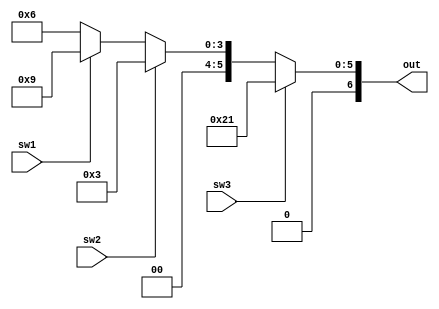
module type (sw1, sw2, sw3, out);
	input sw1, sw2, sw3;
	output reg[6:0] out;
	
	always @(*)begin
		if(sw3 == 1) begin
			out = {1'b0,1'b1,1'b0,1'b0,1'b0,1'b0,1'b1}; //H
		end
		else if(sw2 == 1) begin
			out = {1'b0,1'b0,1'b0,1'b0,1'b0,1'b1,1'b1}; //b
		end
		else if(sw1 == 1) begin
			out = {1'b0,1'b0,1'b0,1'b1,1'b0,1'b0,1'b1}; //d
		end
		else begin
			out = {1'b0,1'b0,1'b0,1'b0,1'b1,1'b1,1'b0}; //E
		end
	end
	
endmodule